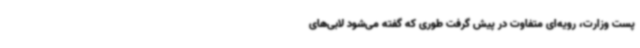
پست وزارت، رویه‌ای متفاوت در پیش گرفت طوری که گفته می‌شود لابی‌های